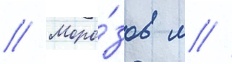
// Моро́зов м //